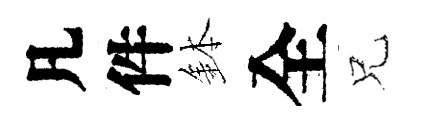
凡件鉢全兄